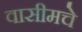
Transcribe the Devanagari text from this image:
वासीमचे